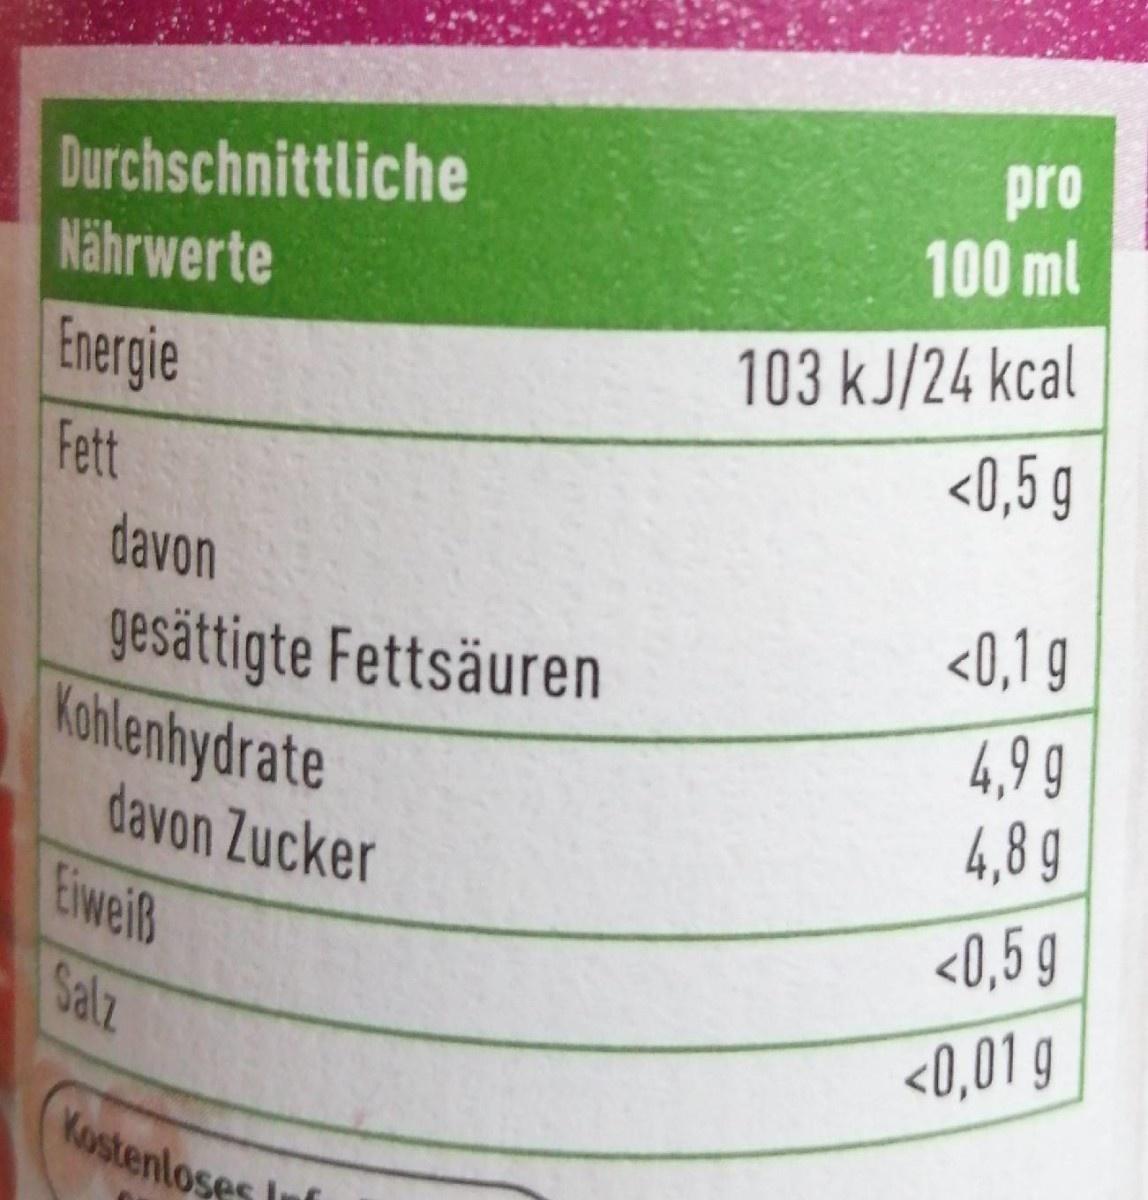
Durchschnittliche Nährwerte
pro 100 ml
103 kJ/24 kcal <0,5 g
Energie
Fett
davon
gesättigte Fettsäuren Kohlenhydrate
<0,1 g 4,9g 4,8 g
davon Zucker Eiweiß
<0,5 g
Salz
<0,01 g
Kostenloses